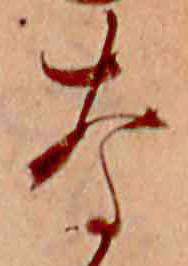
な